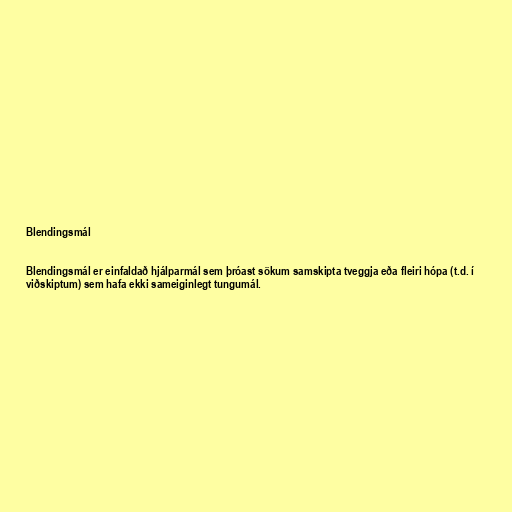
Blendingsmál

Blendingsmál er einfaldað hjálparmál sem þróast sökum samskipta tveggja eða fleiri hópa (t.d. í
viðskiptum) sem hafa ekki sameiginlegt tungumál.